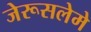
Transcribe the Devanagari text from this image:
जेरूसलेमे